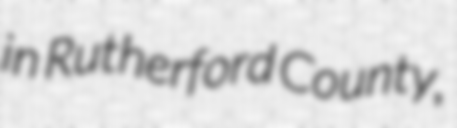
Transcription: in Rutherford County,